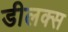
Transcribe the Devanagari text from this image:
डीलक्‍स